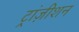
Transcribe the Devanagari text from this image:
ट्रांज़ीशन